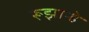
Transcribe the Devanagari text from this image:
रूझान्हे